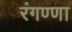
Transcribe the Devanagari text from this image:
रंगण्णा